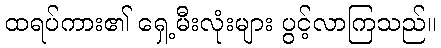
ထရပ်ကား၏ ရှေ့မီးလုံးများ ပွင့်လာကြသည်။